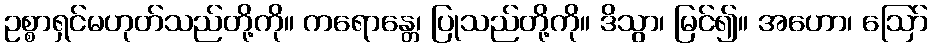
ဥစ္စာရှင်မဟုတ်သည်တို့ကို။ ကရောန္တေ၊ ပြုသည်တို့ကို။ ဒိသွာ၊ မြင်၍။ အဟော၊ ဩော်